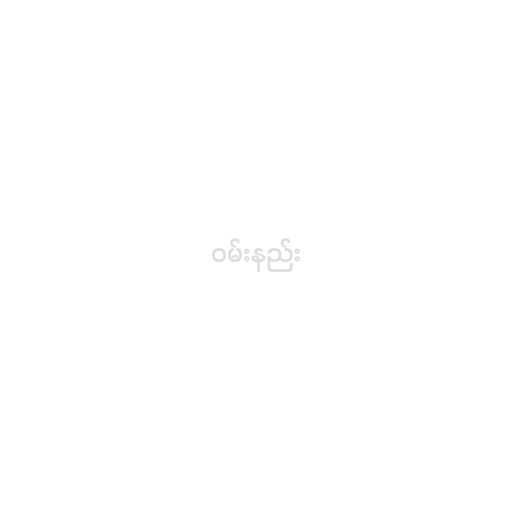
ဝမ်းနည်း